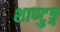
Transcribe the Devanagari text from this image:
शाण्टुङ्ग